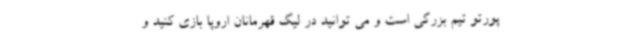
پورتو تیم بزرگی است و می توانید در لیگ قهرمانان اروپا بازی کنید و